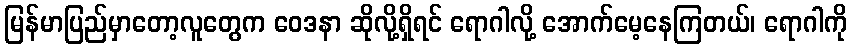
မြန်မာပြည်မှာတော့လူတွေက ဝေဒနာ ဆိုလို့ရှိရင် ရောဂါလို့ အောက်မေ့နေကြတယ်၊ ရောဂါကို